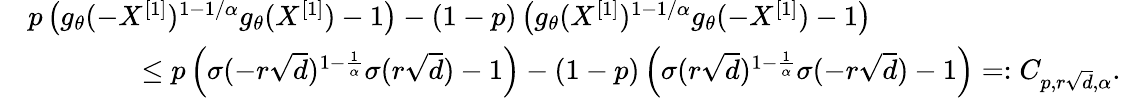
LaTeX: \begin{array}{rl}&{p\left(g_{\theta}(-X^{[1]})^{1-1/\alpha}g_{\theta}(X^{[1]})-1\right)-(1-p)\left(g_{\theta}(X^{[1]})^{1-1/\alpha}g_{\theta}(-X^{[1]})-1\right)}\\ &{\quad\quad\quad\quad\leq p\left(\sigma(-r\sqrt{d})^{1-\frac{1}{\alpha}}\sigma(r\sqrt{d})-1\right)-(1-p)\left(\sigma(r\sqrt{d})^{1-\frac{1}{\alpha}}\sigma(-r\sqrt{d})-1\right)=:C_{p,r\sqrt{d},\alpha}.}\end{array}